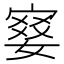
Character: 𡪋